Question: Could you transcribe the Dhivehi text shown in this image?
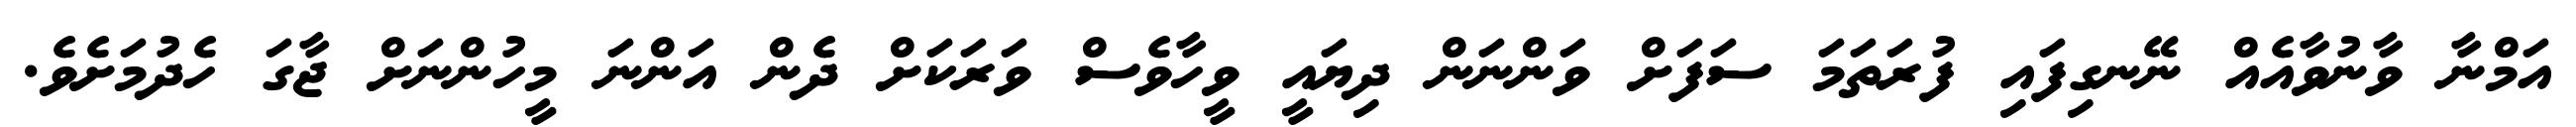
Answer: އަމްނާ ވާނުވާއެއް ނޭނގިފައި ފުރަތަމަ ސަފަށް ވަންނަން ދިޔައީ ވީހާވެސް ވަރަކަށް ދެން އަންނަ މީހުންނަށް ޖާގަ ހެދުމަށެވެ.